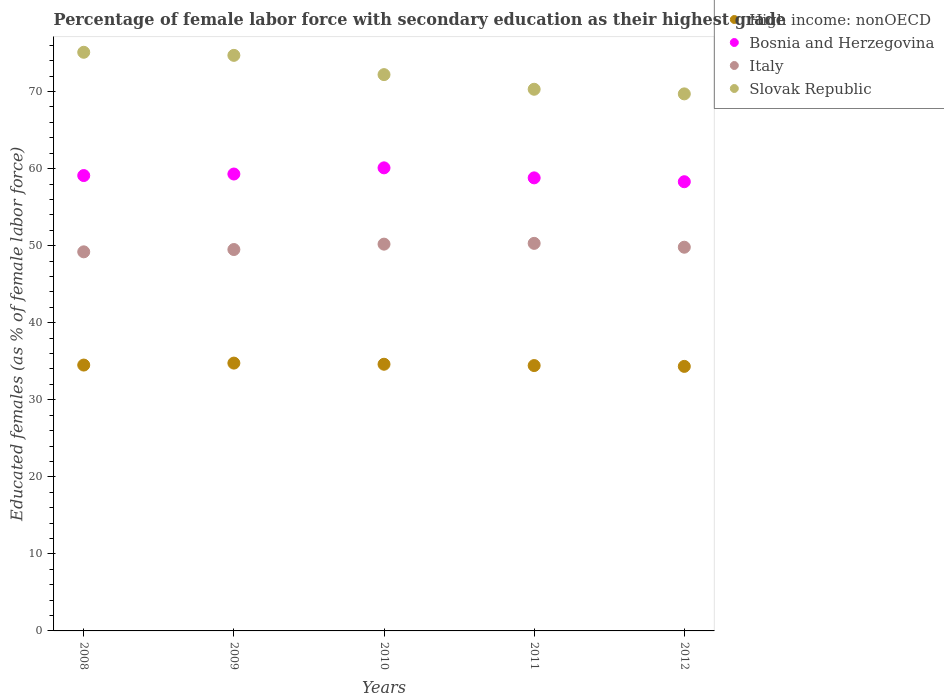
| Years | High income: nonOECD | Bosnia and Herzegovina | Italy | Slovak Republic |
 | --- | --- | --- | --- | --- |
 | 2008 | 34.5 | 59.1 | 49.2 | 75.1 |
 | 2009 | 34.8 | 59.3 | 49.5 | 74.7 |
 | 2010 | 34.6 | 60.1 | 50.2 | 72.2 |
 | 2011 | 34.4 | 58.8 | 50.3 | 70.3 |
 | 2012 | 34.3 | 58.3 | 49.8 | 69.7 |